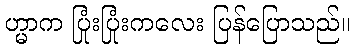
ဟ္မာက ပြုံးပြုံးကလေး ပြန်ပြောသည်။